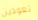
تعودين